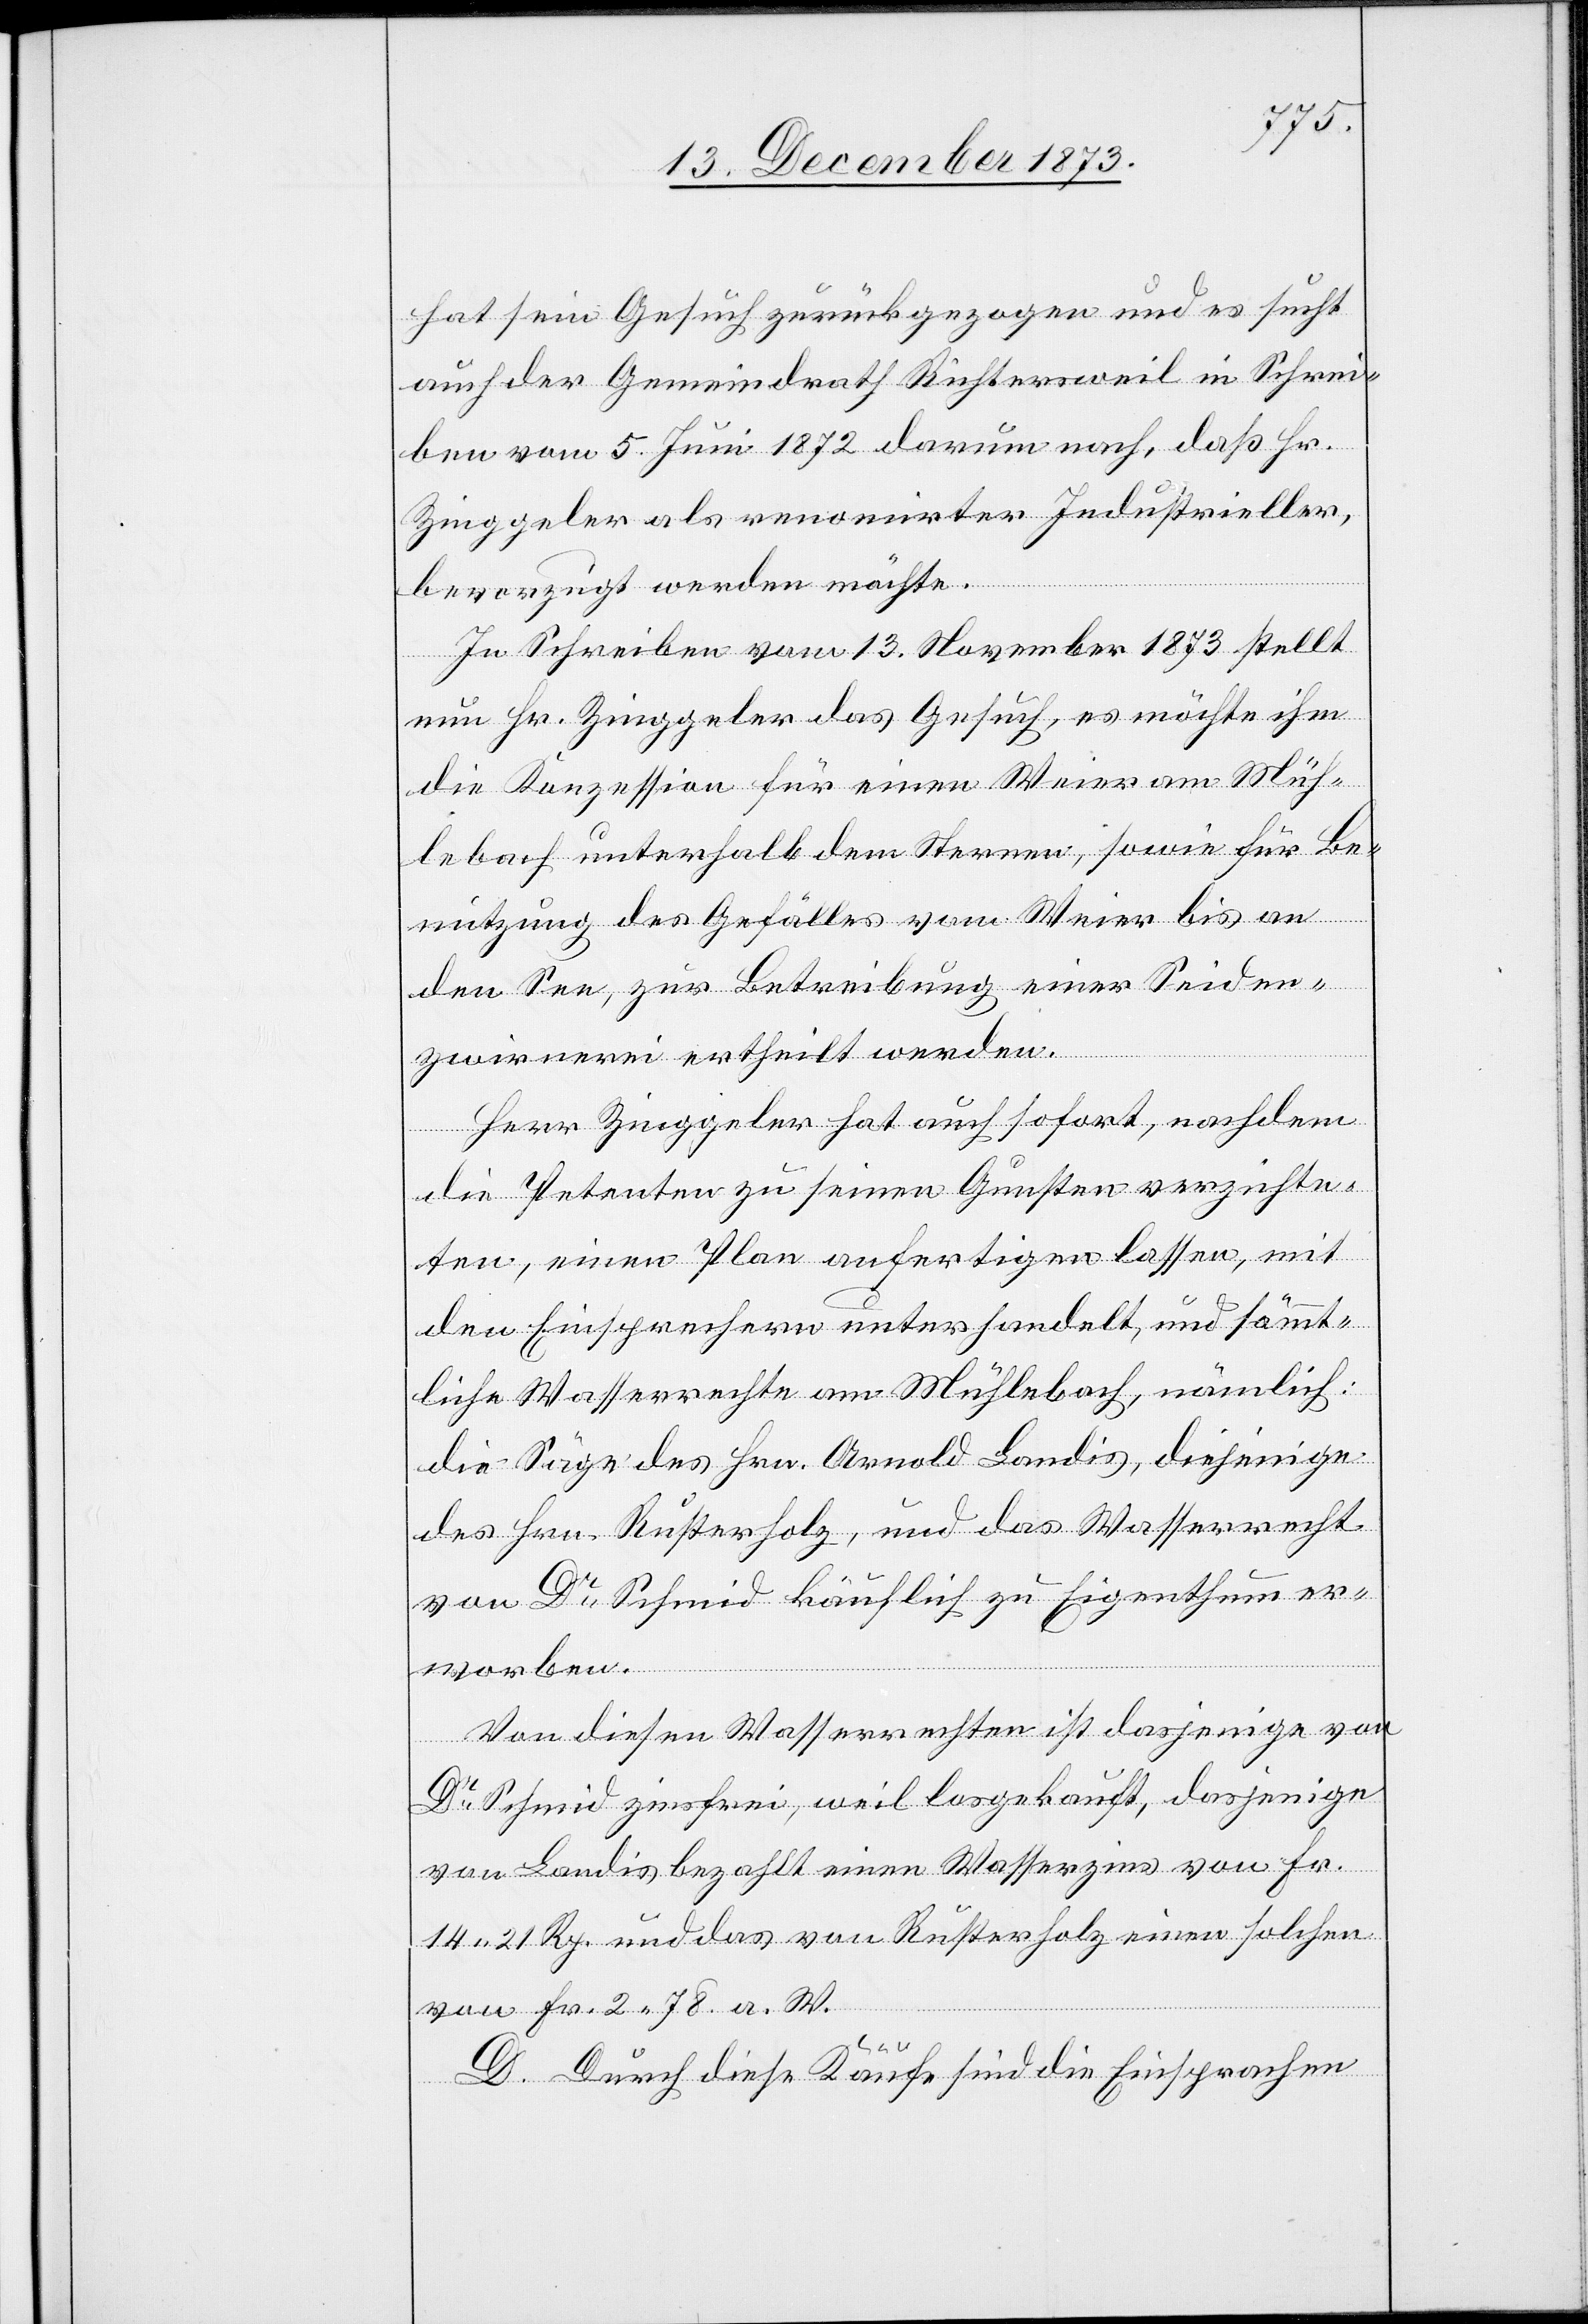
hat sein Gesuch zurückgezogen und es sucht
auch der Gemeindrath Richtersweil in Schrei¬
ben vom 5. Juni 1872 darum nach, daß Hr.
Zinggeler als renomirter Industrieller,
bevorzugt werden möchte.
In Schreiben vom 13. November 1873 stellt
nun Hr. Zinggeler das Gesuch, es möchte ihm
die Konzession für einen Weier am Müh¬
lebach unterhalb dem Sternen, sowie für Be¬
nutzung des Gefälles vom Weier bis an
den See, zur Betreibung einer Seiden¬
zwirnerei ertheilt werden.
Herr Zinggeler hat auch sofort, nachdem
die Petenten zu seinen Gunsten verzichte¬
ten, einen Plan anfertigen lassen, mit
den Einsprechern unterhandelt, und sämmt¬
liche Wasserrechte am Mühlebach, nämlich:
die Säge des Hrn. Arnold Landis, diejenige
des Hrn. Rusterholz, und das Wasserrecht
von Dr Schmid käuflich zu Eigenthum er¬
worben.
Von diesen Wasserrechten ist dasjenige von
Dr Schmid zinsfrei, weil losgekauft, dasjenige
von Landis bezahlt einen Wasserzins von Fr.
14 21 Rp. und das von Rusterholz einen solchen
von Fr. 2 78 a. W.
D. Durch diese Käufe sind die Einsprachen